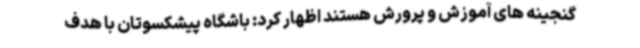
گنجینه های آموزش و پرورش هستند اظهار کرد: باشگاه پیشکسوتان با هدف